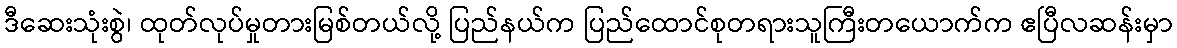
ဒီဆေးသုံးစွဲ၊ ထုတ်လုပ်မှုတားမြစ်တယ်လို့ ပြည်နယ်က ပြည်ထောင်စုတရားသူကြီးတယောက်က ဧပြီလဆန်းမှာ